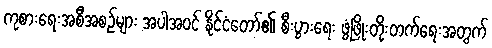
ကုစားရေးအစီအစဉ်များ အပါအဝင် နိုင်ငံတော်၏ စီးပွားရေး ဖွံ့ဖြိုးတိုးတက်ရေးအတွက်